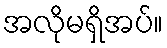
အလိုမရှိအပ်။